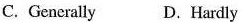
C. Generally D.Hardly